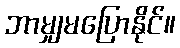
ဘာမျှမပြောနိုင်။